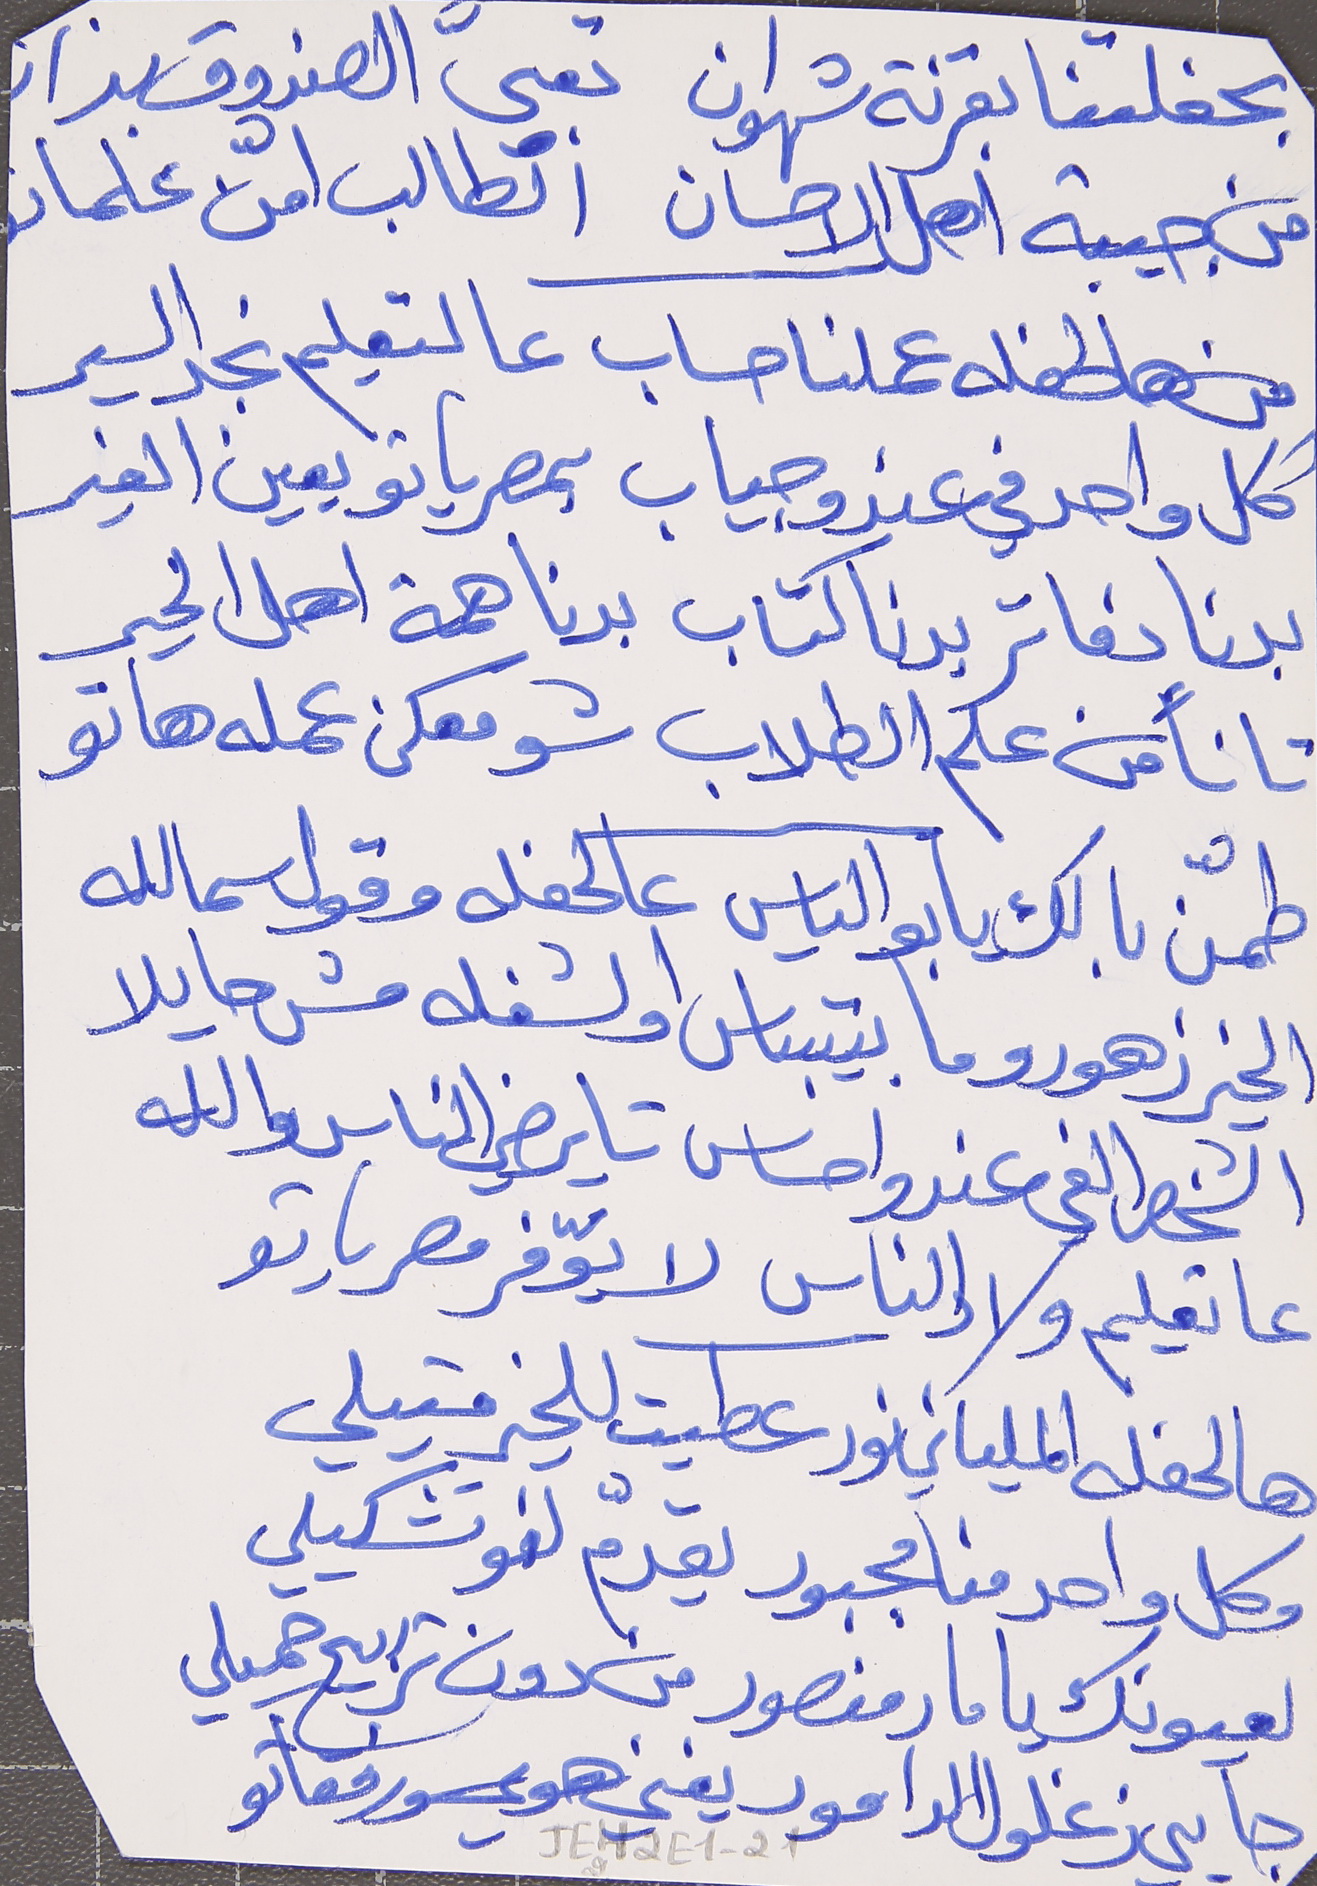
بحفلتنا بقرنة شهوان      تعبّى الصندوق بذار
من جيبة اهل الاحسان      الطالب امّن علماتو
من هالحفله عملنا حساب      عالتعليم نجد السير
كل واحد في عندو جياب      بمصرياتو يعين الغير
بدنا دفاتر بدنا كتاب      بدنا همة اهل الخير
تا نأمن علم الطلاب      شو معكن عمله هاتو
طمّن بالك يا بو الياس      عالحفله وقول سمالله
الخير زهورو ما بتيباس      او لشغله مش حايلا
الشخص الفي عندو احساس      تا يرضي الناس والله
 عا تعليم ولاد الناس      لا يوفّر مصرياتو
هالحفله الملياني نور عطيت للخير متيلي
وكل واحد منا مجبور يقدّم لنو تشكيلي
لعيونك يا مار منصور من دون تربيح جميلي
جايي زغلول الدامور يغني هوي ورفقاتو
JEH2E1-212